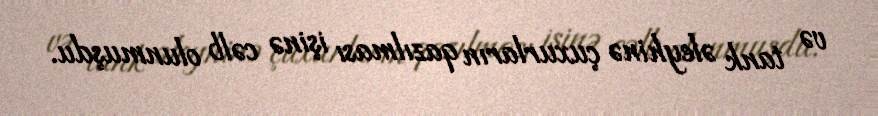
və tank əleyhinə çuxurların qazılması işinə cəlb olunmuşdu.